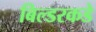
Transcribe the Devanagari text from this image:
बिल्डरकडे